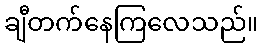
ချီတက်နေကြလေသည်။